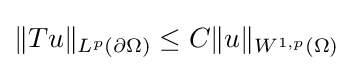
\|Tu\|_{L^{p}(\partial \Omega )}\leq C\|u\|_{W^{1,p}(\Omega )}